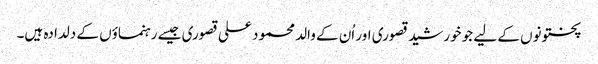
پختونوں کے لیے جو خورشید قصوری اور اُن کے والد محمود علی قصوری جیسے رہنماؤں کے دلدادہ ہیں۔